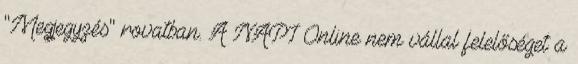
"Megjegyzés" rovatban. A NAPI Online nem vállal felelőséget a